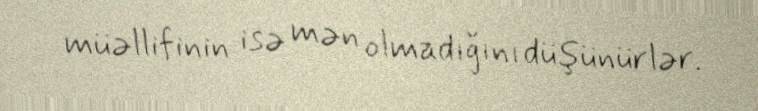
müəllifinin isə mən olmadığını düşünürlər.